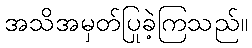
အသိအမှတ်ပြုခဲ့ကြသည်။